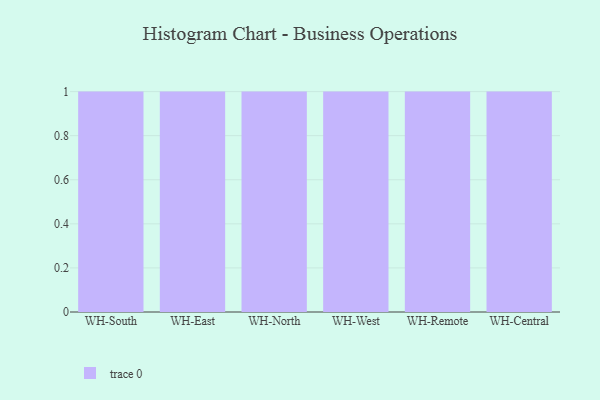
{"axis": {"x": "Warehouse", "y": "Latency (ms)"}, "legend": [""], "data": [{"x": "WH-South", "y": 41, "type": ""}, {"x": "WH-East", "y": 63, "type": ""}, {"x": "WH-North", "y": 12, "type": ""}, {"x": "WH-West", "y": 8, "type": ""}, {"x": "WH-Remote", "y": 39, "type": ""}, {"x": "WH-Central", "y": 99, "type": ""}]}